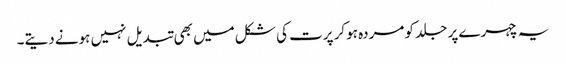
یہ چہرے پر جلد کو مردہ ہوکر پرت کی شکل میں بھی تبدیل نہیں ہونے دیتے۔